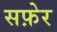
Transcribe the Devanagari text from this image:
सफ़ेर